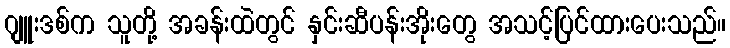
ဂျူးဒစ်က သူတို့ အခန်းထဲတွင် နှင်းဆီပန်းအိုးတွေ အသင့်ပြင်ထားပေးသည်။